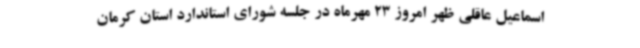
اسماعیل عاقلی ظهر امروز 23 مهرماه در جلسه شورای استاندارد استان کرمان